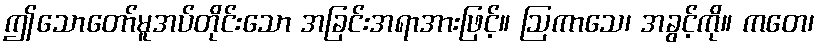
ဤသောတော်မူအပ်တိုင်းသော အခြင်းအရာအားဖြင့်။ ဩကာသေ၊ အခွင့်ကို။ ကတေ၊